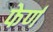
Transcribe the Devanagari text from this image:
फेर्ण